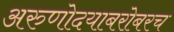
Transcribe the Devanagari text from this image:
अरुणोदयाबरोबरच